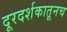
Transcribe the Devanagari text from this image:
दूरदर्शकातूनच